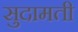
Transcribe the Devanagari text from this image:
सुदामती